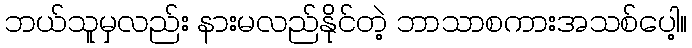
ဘယ်သူမှလည်း နားမလည်နိုင်တဲ့ ဘာသာစကားအသစ်ပေါ့။